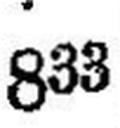
833